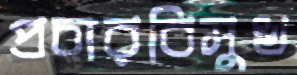
প্রচারবিমুখ